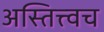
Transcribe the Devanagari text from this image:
अस्तित्त्वच